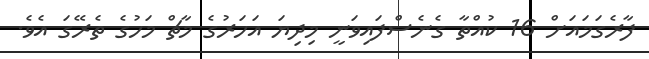
ފާރެގަމައަށް 16 ކުއްތާ ގެނެސްފައިވަނީ މިދިޔަ އަހަރުގެ މާޗް މަހުގެ ތެރޭގަ އެވެ.